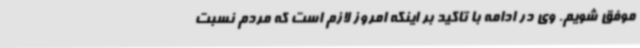
موفق شویم. وی در ادامه با تاکید بر اینکه امروز لازم است که مردم نسبت